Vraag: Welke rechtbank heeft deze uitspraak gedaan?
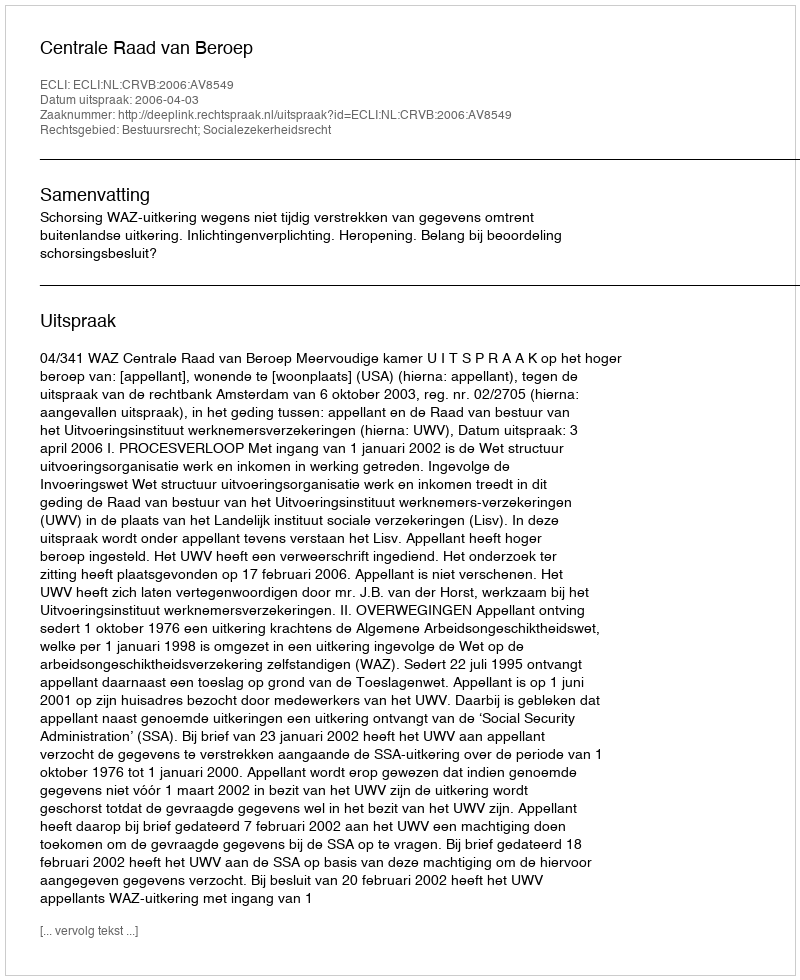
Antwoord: Centrale Raad van Beroep